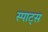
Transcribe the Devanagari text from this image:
स्पाट्स